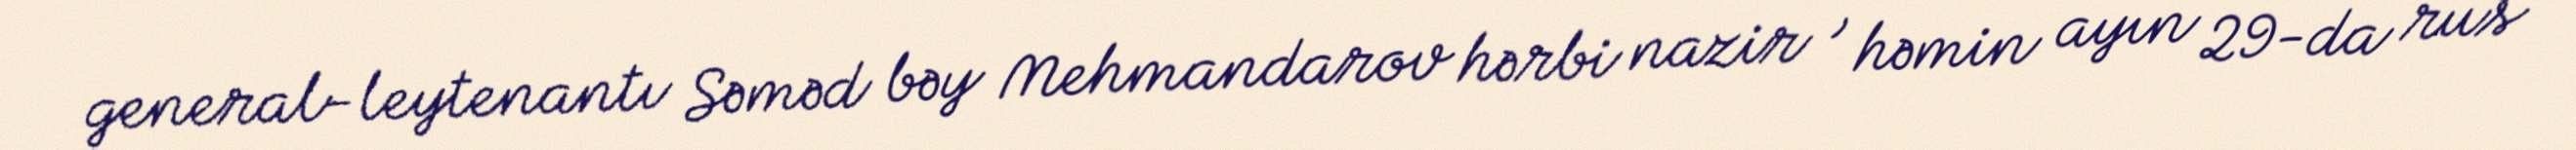
general-leytenantı Səməd bəy Mehmandarov hərbi nazir , həmin ayın 29-da rus